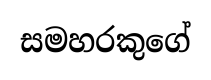
සමහරකුගේ